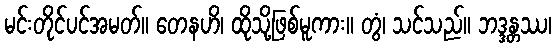
မင်းတိုင်ပင်အမတ်။ တေနဟိ၊ ထိုသို့ဖြစ်မူကား။ တွံ၊ သင်သည်။ ဘဒ္ဒန္တဿ၊